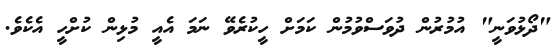
"ދޯޅުވަނީ" އުމުރުން ދުވަސްވުމުން ކަމަށް ހީކުރެވޭ ނަމަ އެއީ މުޅިން ކުށްހީ އެކެވެ.